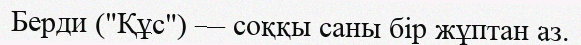
Берди ("Құс") — соққы саны бір жұптан аз.